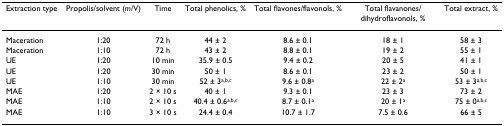
<table><thead><tr><td><b>Extraction type</b></td><td><b>Propolis/solvent (<i>m</i>/V)</b></td><td><b>Time</b></td><td><b>Total phenolics, %</b></td><td><b>Total flavones/flavonols, %</b></td><td><b>Total flavanones/dihydroflavonols, %</b></td><td><b>Total extract, %</b></td></tr></thead><tbody><tr><td>Maceration</td><td>1:20</td><td>72 h</td><td>44 ± 2</td><td>8.6 ± 0.1</td><td>18 ± 1</td><td>58 ± 3</td></tr><tr><td>Maceration</td><td>1:10</td><td>72 h</td><td>43 ± 2</td><td>8.8 ± 0.1</td><td>19 ± 2</td><td>55 ± 1</td></tr><tr><td>UE</td><td>1:20</td><td>10 min</td><td>35.9 ± 0.5</td><td>9.4 ± 0.2</td><td>20 ± 5</td><td>41 ± 1</td></tr><tr><td>UE</td><td>1:20</td><td>30 min</td><td>50 ± 1</td><td>8.6 ± 0.1</td><td>23 ± 2</td><td>50 ± 1</td></tr><tr><td>UE</td><td>1:10</td><td>30 min</td><td>52 ± 3<sup>a,b,c</sup></td><td>9.6 ± 0.8<sup>a</sup></td><td>22 ± 2<sup>a</sup></td><td>53 ± 3<sup>a,b,c</sup></td></tr><tr><td>MAE</td><td>1:20</td><td>2 × 10 s</td><td>40 ± 1</td><td>9.3 ± 0.1</td><td>23 ± 3</td><td>73 ± 2</td></tr><tr><td>MAE</td><td>1:10</td><td>2 × 10 s</td><td>40.4 ± 0.6<sup>a,b,c</sup></td><td>8.7 ± 0.1<sup>a</sup></td><td>20 ± 1<sup>a</sup></td><td>75 ± 0<sup>a,b,c</sup></td></tr><tr><td>MAE</td><td>1:10</td><td>3 × 10 s</td><td>24.4 ± 0.4</td><td>10.7 ± 1.7</td><td>7.5 ± 0.6</td><td>66 ± 5</td></tr></tbody></table>